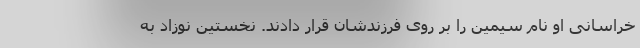
خراسانی او نام سیمین را بر روی فرزندشان قرار دادند. نخستین نوزاد به